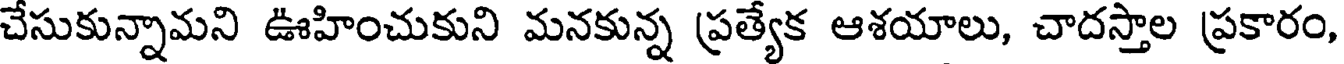
చేసుకున్నామని ఊహించుకుని మనకున్న ప్రత్యేక ఆశయాలు, చాదస్తాల ప్రకారం,